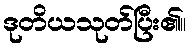
ဒုတိယသုတ်ပြီး၏။